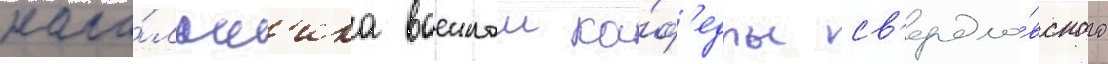
нача́льн'ика военнои ка́ф'едры св'ердло́вского